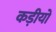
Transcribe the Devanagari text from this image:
कड़ीयों